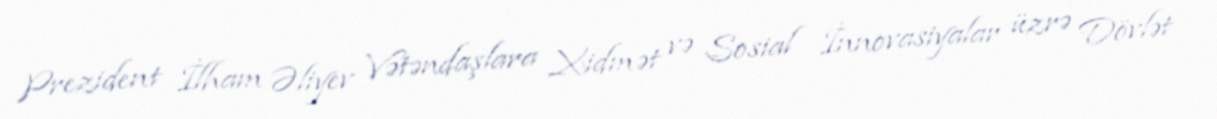
Prezident İlham Əliyev Vətəndaşlara Xidmət və Sosial İnnovasiyalar üzrə Dövlət